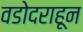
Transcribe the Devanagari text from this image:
वडोदराहून